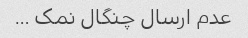
عدم ارسال چنگال نمک …